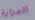
المرارة